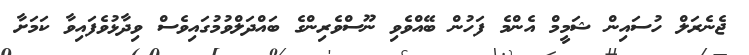
ޖެނެރަލް ހުސައިން ޝަމީމް އެންމެ ފަހުން ބޭއްވެވި ނޫސްވެރިންގެ ބައްދަލްވުމުގައިވެސް ވިދާޅުވެފައިވާ ކަމަށާ